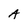
Character: A